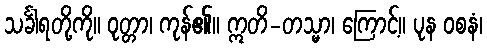
သင်္ခါရတို့ကို။ ဝုတ္တာ၊ ကုန်၏။ ဣတိ-တသ္မာ၊ ကြောင့်။ ပုန ဝစနံ၊